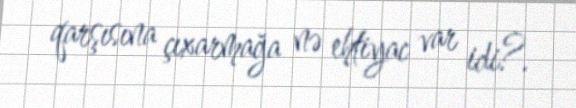
qarşısına çıxarmağa nə ehtiyac var idi?.